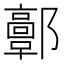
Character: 𨟍